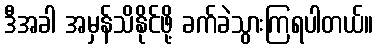
ဒီအခါ အမှန်သိနိုင်ဖို့ ခက်ခဲသွားကြရပါတယ်။